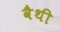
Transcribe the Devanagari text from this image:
वैथी